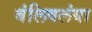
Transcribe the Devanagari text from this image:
बंलिवलंया